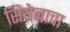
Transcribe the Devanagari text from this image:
सियेनाचा